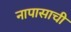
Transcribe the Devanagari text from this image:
नापासाची